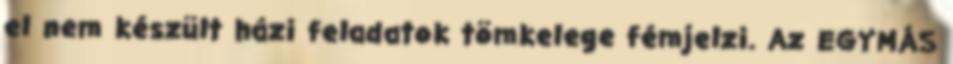
el nem készült házi feladatok tömkelege fémjelzi. Az EGYMÁS